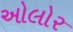
ઓલોર